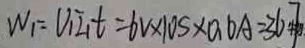
W _ { 1 } = V _ { 1 } I _ { 1 } t = 6 V \times 1 0 S \times 0 . 6 A = 3 6 J